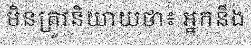
មិនត្រូវនិយាយថា៖ អ្នកនឹង